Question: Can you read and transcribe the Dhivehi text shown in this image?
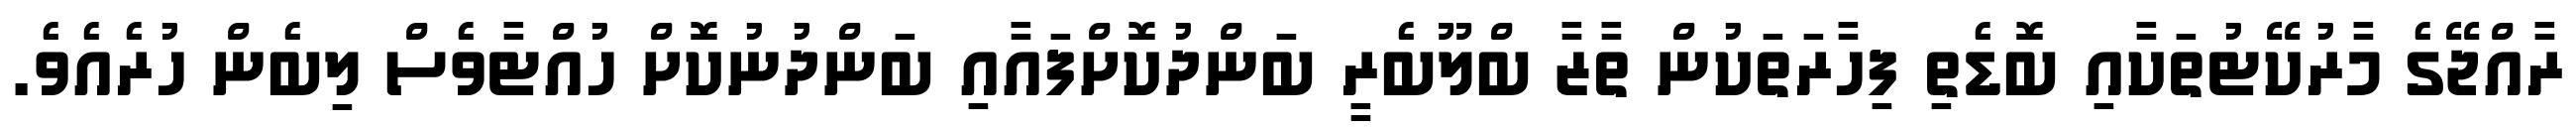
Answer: ރާއްޖޭގެ މާރުކޭޓުތަކާއި ބޮޑެތި ފިހާރަތަކުން ތާޒާ ބްލޫބެރީ ބަންދުކޮށްފައާއި ބަންދުނުކޮށް ހުއްޓާވެސް ލިބެން ހުރެއެވެ.